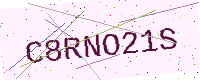
Text: C8RNO21S